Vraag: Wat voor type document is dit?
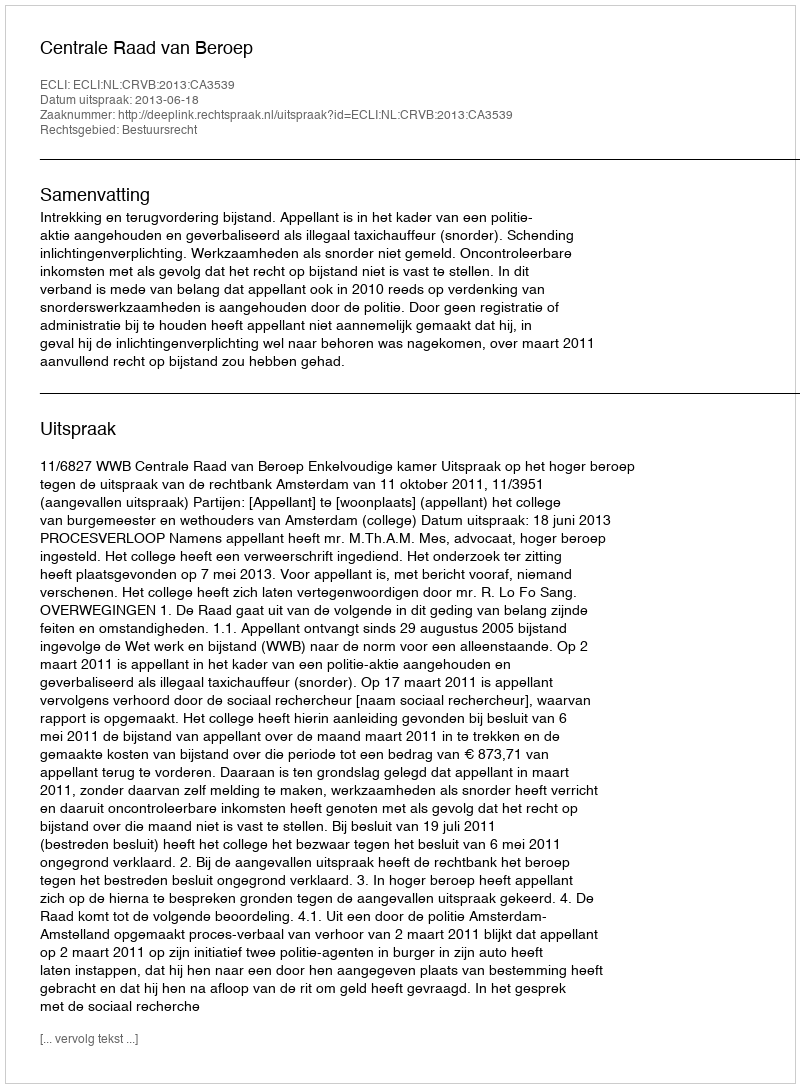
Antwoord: Uitspraak